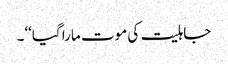
جاہلیت کی موت مارا گیا‘‘۔